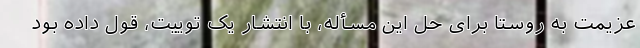
عزیمت به روستا برای حل این مسأله، با انتشار یک توییت، قول داده بود